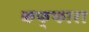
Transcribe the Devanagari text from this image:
कफ्फारा